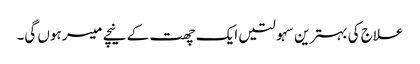
علاج کی بہترین سہولتیں ایک چھت کے نیچے میسر ہوں گی۔